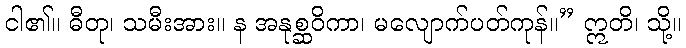
ငါ၏။ ဓီတု၊ သမီးအား။ န အနုစ္ဆဝိကာ၊ မလျောက်ပတ်ကုန်။” ဣတိ၊ သို့။